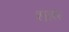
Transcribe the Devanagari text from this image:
शहर